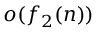
o ( f _ { 2 } ( n ) )